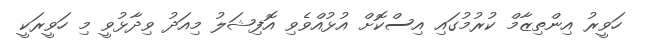
ހަވީރު އިންތިޒާމް ކުރުމުގައި އިސްކޮށް އުޅުއްވެވި އޮފިޝަލު މިއަދު ވިދާޅުވީ މި ހަވީރަކީ